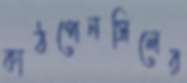
কাঠপেনসিলের